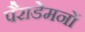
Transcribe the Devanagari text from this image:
पैराडेमनों